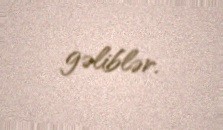
gəliblər.